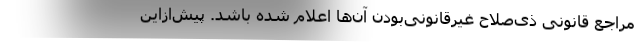
مراجع قانونی ذی‌صلاح غیرقانونی‌بودن آن‌ها اعلام شده باشد. پیش‌از‌این